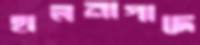
হালনাগাদে